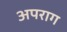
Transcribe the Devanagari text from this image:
अपराग